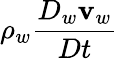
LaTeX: \rho_{w}\frac{D_{w}{\mathbf v}_{w}}{Dt}